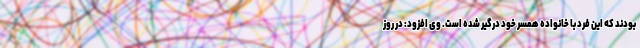
بودند که این فرد با خانواده همسر خود درگیر شده است. وی افزود: در روز